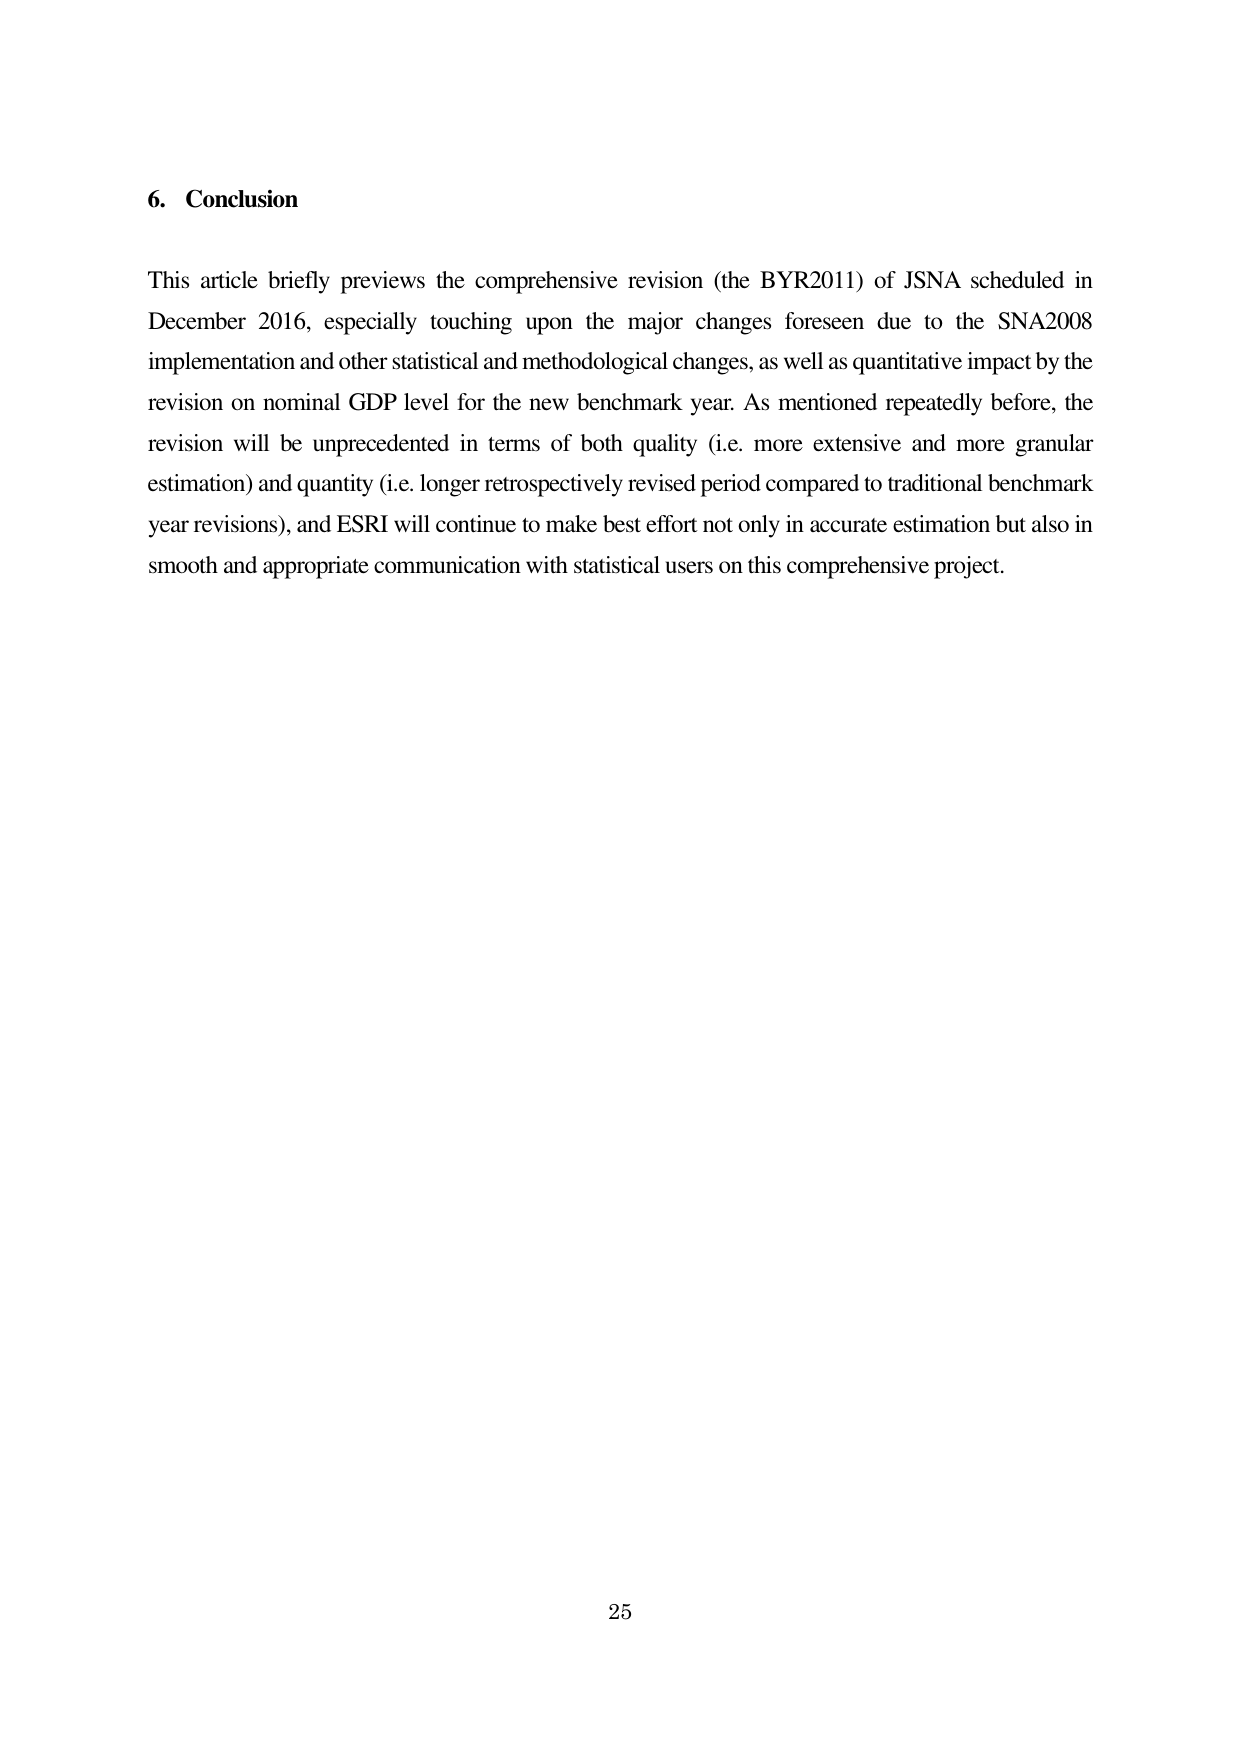
6. Conclusion

This article briefly previews the comprehensive revision (the BYR2011) of JSNA scheduled in December 2016, especially touching upon the major changes foreseen due to the SNA2008 implementation and other statistical and methodological changes, as well as quantitative impact by the revision on nominal GDP level for the new benchmark year. As mentioned repeatedly before, the revision will be unprecedented in terms of both quality (i.e. more extensive and more granular estimation) and quantity (i.e. longer retrospectively revised period compared to traditional benchmark year revisions), and ESRI will continue to make best effort not only in accurate estimation but also in smooth and appropriate communication with statistical users on this comprehensive project.

25